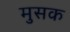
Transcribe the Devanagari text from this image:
मुसक